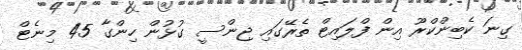
ގިނަ ކެބިންކްރޫ އިން ފްލައިޓް ތެރޭގައި ޖިންސީ ގުޅުން ހިންގާ 45 މިނެޓް